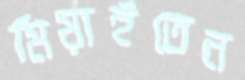
মিয়াইতেন